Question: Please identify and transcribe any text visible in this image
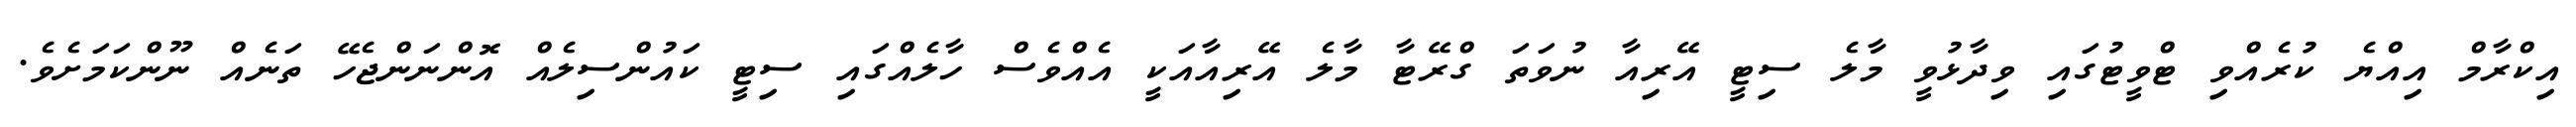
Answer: އިކްރާމް އިއްޔެ ކުރެއްވި ޓްވީޓުގައި ވިދާޅުވީ މާލެ ސިޓީ އޭރިއާ ނުވަތަ ގްރޭޓާ މާލެ އޭރިއާއަކީ އެއްވެސް ހާލެއްގައި ސިޓީ ކައުންސިލެއް އޮންނަންޖެހޭ ތަނެއް ނޫންކަމަށެވެ.